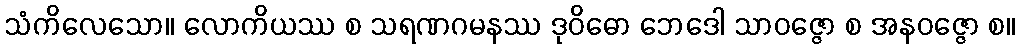
သံကိလေသော။ လောကိယဿ စ သရဏဂမနဿ ဒုဝိဓော ဘေဒေါ သာဝဇ္ဇော စ အနဝဇ္ဇော စ။